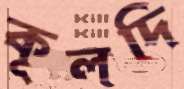
কূলদি